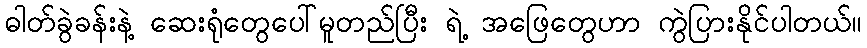
ဓါတ်ခွဲခန်းနဲ့ ဆေးရုံတွေပေါ်မူတည်ပြီး ရဲ့ အဖြေတွေဟာ ကွဲပြားနိုင်ပါတယ်။